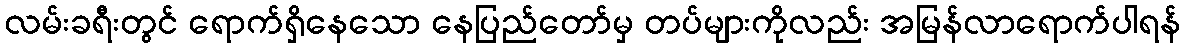
လမ်းခရီးတွင် ရောက်ရှိနေသော နေပြည်တော်မှ တပ်များကိုလည်း အမြန်လာရောက်ပါရန်